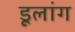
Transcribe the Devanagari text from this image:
डूलांग